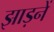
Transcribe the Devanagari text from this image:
झाड़नें